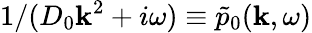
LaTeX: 1/(D_{0}\mathbf{k}^{2}+i\omega)\equiv\tilde{{p}}_{0}(\mathbf{k},\omega)